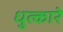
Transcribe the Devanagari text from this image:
धुत्कारे